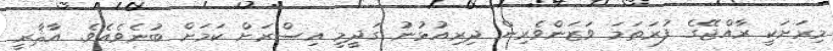
މިރަށަކީ ރާއްޖޭގެ ފުރަތަމަ ވަޒަންވެރިން ދިރިއުޅުނު ގަދީމީ އިސްރަށް ކަމަށް ބުނެވެއެވެ. އާޘާރީ